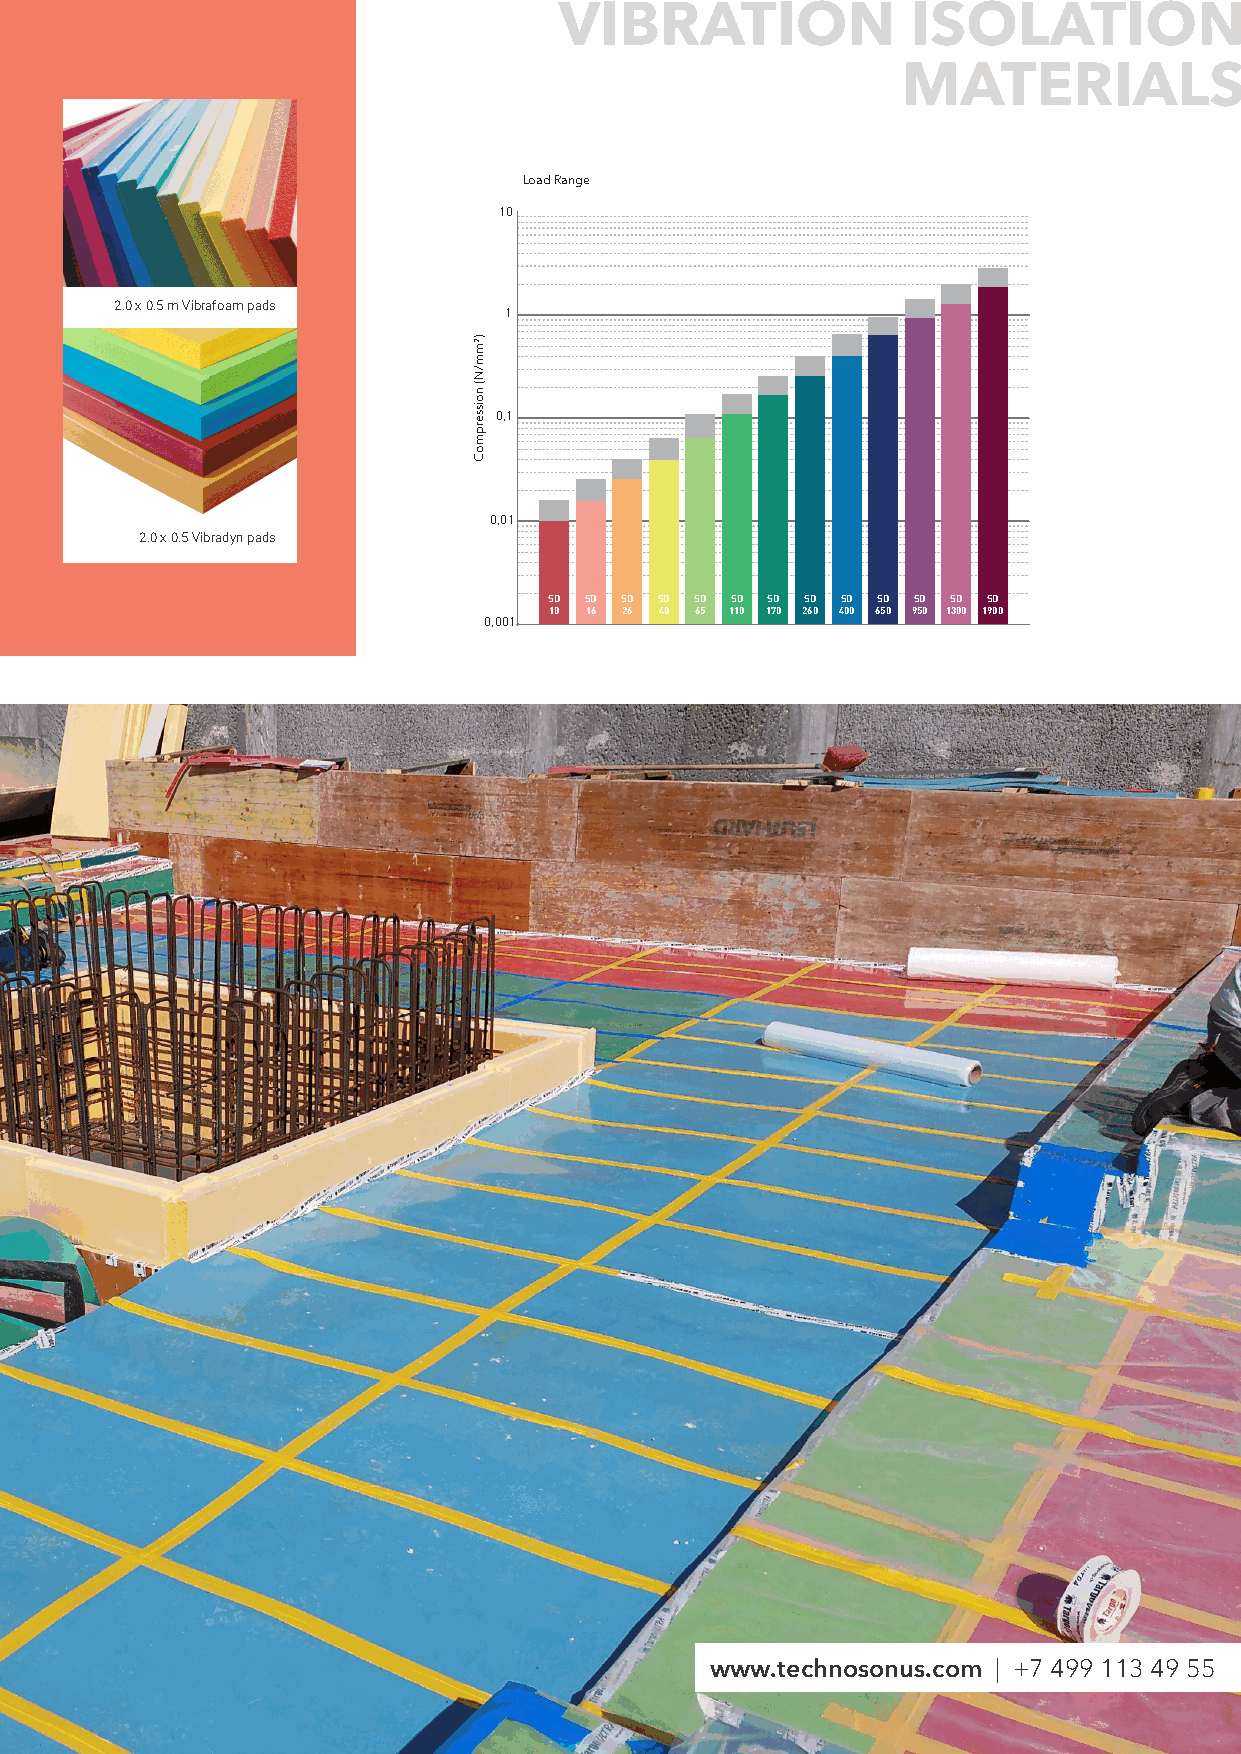
VIBRATION              ISOLATION
 MATERIALS
 Load Range
 10
 2.0 x 0.5 m Vibrafoam pads
 1
 0,1
 0,01
 2.0 x 0.5 Vibradyn pads
 SD SD SD SD SD SD SD SD SD SD SD SD SD
 10 16 26 40 65 110 170 260 400 650 950 1300 1900
 0,001
 www.technosonus.com | +7 499 113 49 55
 )2mm/N(
 noisserpmoC